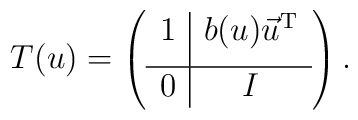
T(u) = \left(\begin{array}{c|c} 1 & b(u) \vec{u}^{\mathrm{T}} \\[1ex]\hline 0 & I \end{array}\right).